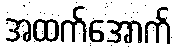
အထက်အောက်